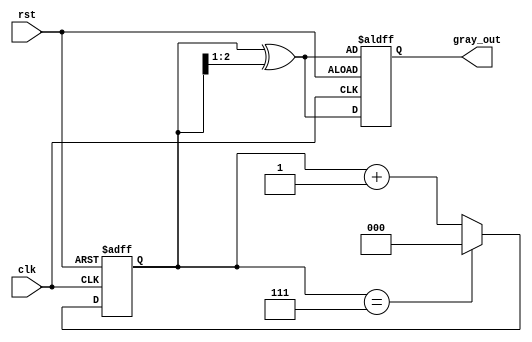
module gray_code_counter #(
    parameter N = 3  // Number of bits for the Gray code counter
)(
    input wire clk,        // Clock signal
    input wire rst,        // Asynchronous reset
    output reg [N-1:0] gray_out // Gray code output
);

    reg [N-1:0] binary_counter; // Binary counter

    // Binary to Gray code conversion function
    function [N-1:0] binary_to_gray(input [N-1:0] binary);
        begin
            binary_to_gray = binary ^ (binary >> 1);
        end
    endfunction

    // Always block for counter operation
    always @(posedge clk or posedge rst) begin
        if (rst) begin
            // Asynchronous reset
            binary_counter <= {N{1'b0}}; // Reset binary counter to 0
            gray_out <= binary_to_gray(binary_counter); // Reset gray output
        end else begin
            // Increment binary counter
            binary_counter <= binary_counter + 1'b1;

            // Wrap around when maximum value is reached
            if (binary_counter == (1'b1 << N) - 1) begin
                binary_counter <= {N{1'b0}}; // Reset to 0
            end
            
            // Update Gray code output
            gray_out <= binary_to_gray(binary_counter);
        end
    end

endmodule